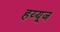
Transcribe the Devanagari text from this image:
हय्यूज